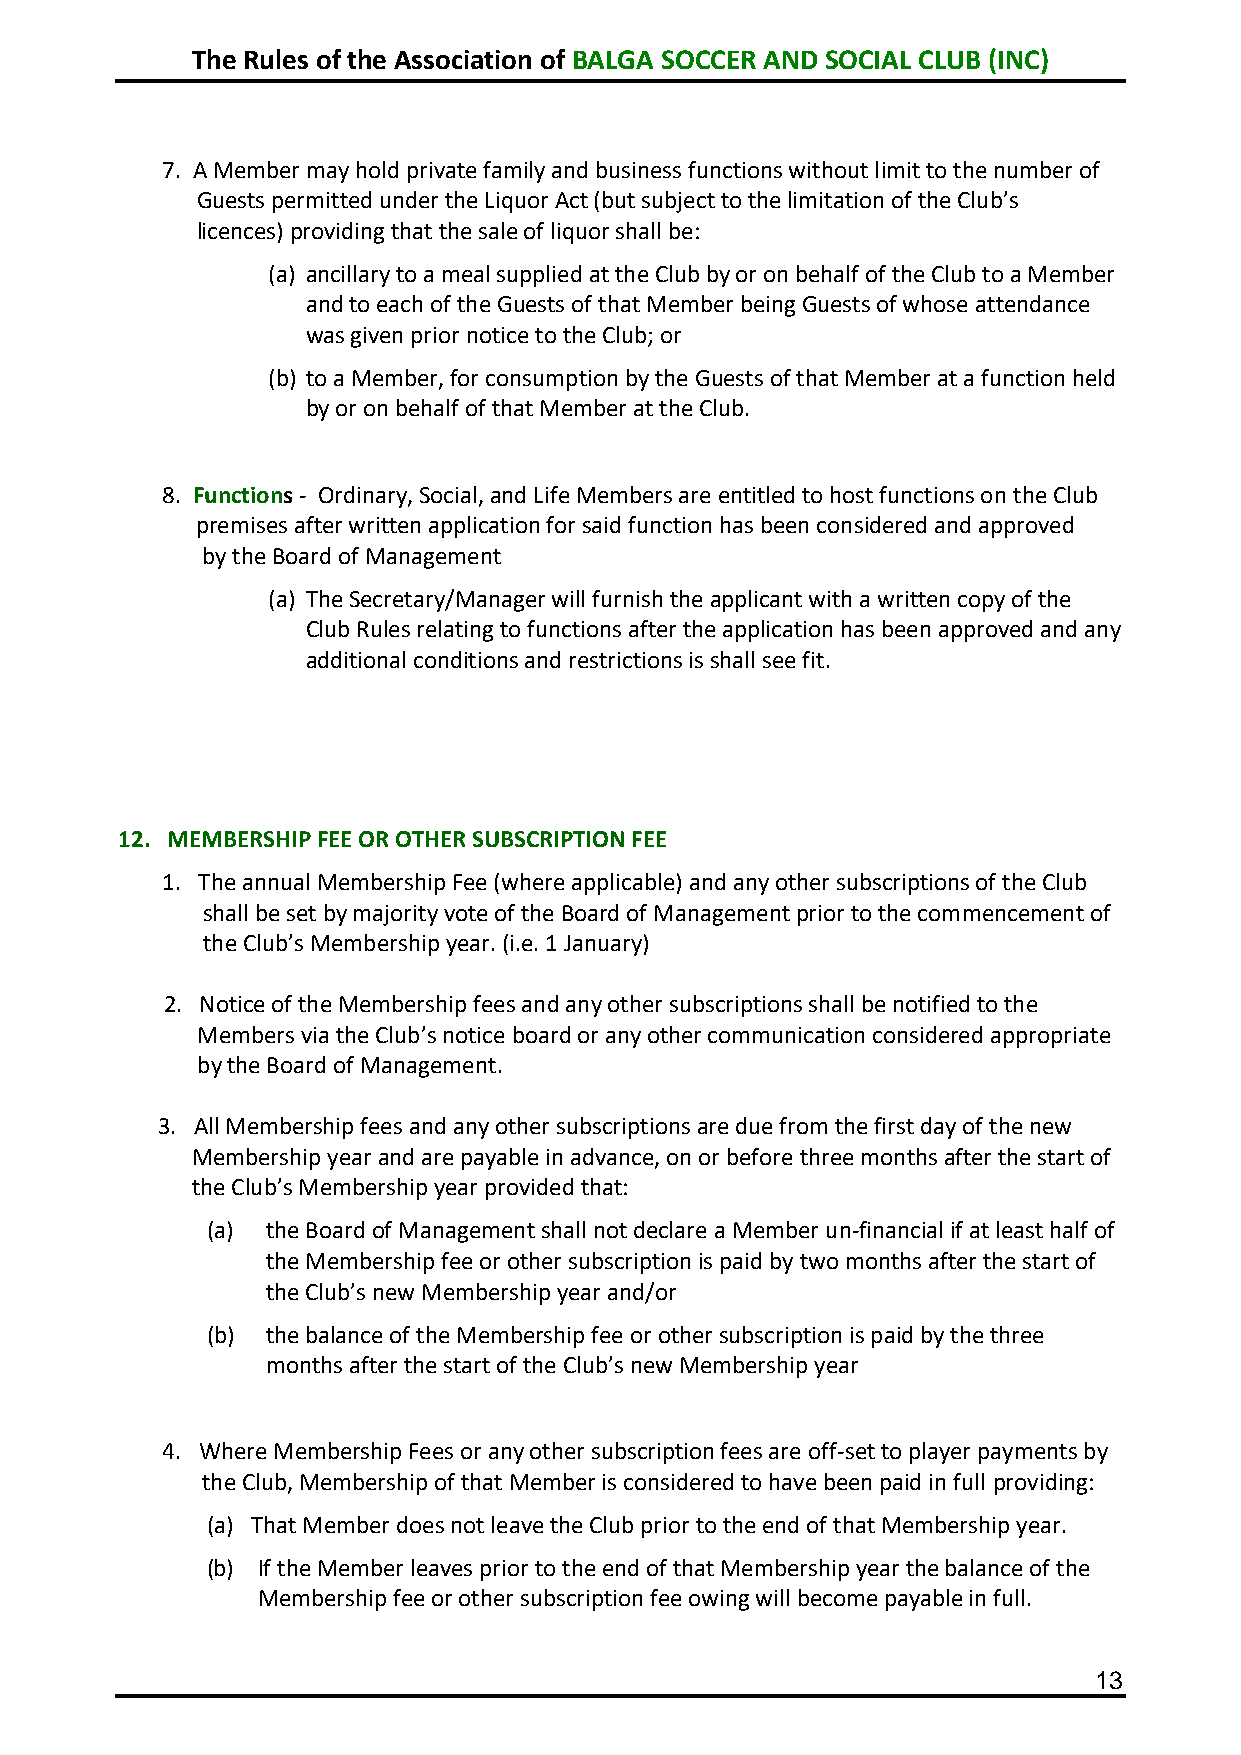
The Rules of the Association of BALGA SOCCER AND SOCIAL CLUB (INC)
 7. A Member may hold private family and business functions without limit to the number of
 Guests permitted under the Liquor Act (but subject to the limitation of the Club’s
 licences) providing that the sale of liquor shall be:
 (a) ancillary to a meal supplied at the Club by or on behalf of the Club to a Member
 and to each of the Guests of that Member being Guests of whose attendance
 was given prior notice to the Club; or
 (b) to a Member, for consumption by the Guests of that Member at a function held
 by or on behalf of that Member at the Club.
 8. Functions - Ordinary, Social, and Life Members are entitled to host functions on the Club
 premises after written application for said function has been considered and approved
 by the Board of Management
 (a) The Secretary/Manager will furnish the applicant with a written copy of the
 Club Rules relating to functions after the application has been approved and any
 additional conditions and restrictions is shall see fit.
 12. MEMBERSHIP FEE OR OTHER SUBSCRIPTION FEE
 1. The annual Membership Fee (where applicable) and any other subscriptions of the Club
 shall be set by majority vote of the Board of Management prior to the commencement of
 the Club’s Membership year. (i.e. 1 January)
 2. Notice of the Membership fees and any other subscriptions shall be notified to the
 Members via the Club’s notice board or any other communication considered appropriate
 by the Board of Management.
 3. All Membership fees and any other subscriptions are due from the first day of the new
 Membership year and are payable in advance, on or before three months after the start of
 the Club’s Membership year provided that:
 (a) the Board of Management shall not declare a Member un-financial if at least half of
 the Membership fee or other subscription is paid by two months after the start of
 the Club’s new Membership year and/or
 (b) the balance of the Membership fee or other subscription is paid by the three
 months after the start of the Club’s new Membership year
 4. Where Membership Fees or any other subscription fees are off-set to player payments by
 the Club, Membership of that Member is considered to have been paid in full providing:
 (a) That Member does not leave the Club prior to the end of that Membership year.
 (b) If the Member leaves prior to the end of that Membership year the balance of the
 Membership fee or other subscription fee owing will become payable in full.
 13